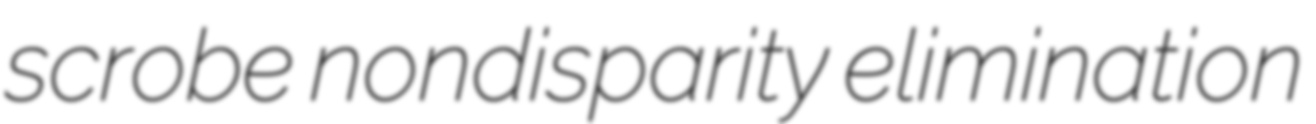
scrobe nondisparity elimination